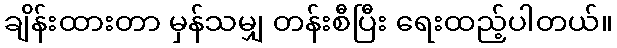
ချိန်းထားတာ မှန်သမျှ တန်းစီပြီး ရေးထည့်ပါတယ်။